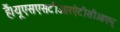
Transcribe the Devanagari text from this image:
हैं।यूएसएसटीआरऐटीसीओएम्